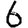
Digit: 6